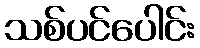
သစ်ပင်ပေါင်း